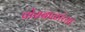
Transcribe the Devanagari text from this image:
पोराबाळांच्या